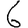
Digit: 6